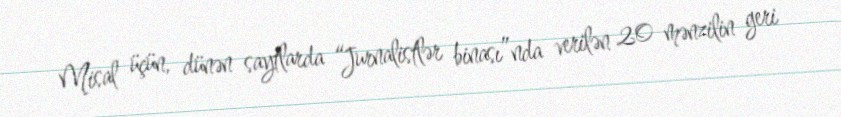
Misal üçün, dünən saytlarda “Jurnalistlər binası”nda verilən 20 mənzilin geri